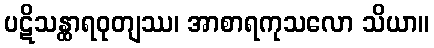
ပဋိသန္ထာရဝုတျဿ၊ အာစာရကုသလော သိယာ။